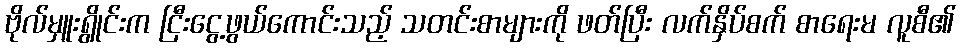
ဗိုလ်မှူးရွိုင်းက ငြီးငွေ့ဖွယ်ကောင်းသည့် သတင်းစာများကို ဖတ်ပြီး လက်နှိပ်စက် စာရေးမ လူစီ၏